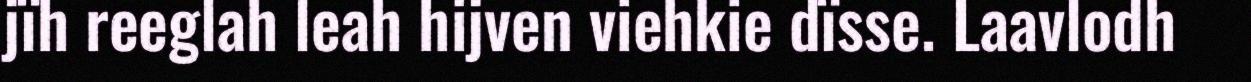
jïh reeglah leah hijven viehkie dïsse. Laavlodh